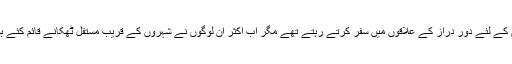
یہ روزی کے لئے دور دراز کے علاقوں میں سفر کرتے رہتے تھے مگر اب اکثر ان لوگوں نے شہروں کے قریب مستقل ٹھکانے قائم کئے ہوئے ہیں۔